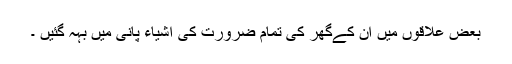
بعض علاقوں میں ان کےگھر کی تمام ضرورت کی اشیاء پانی میں بہہ گئیں ۔